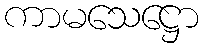
ကာမသေဋ္ဌော